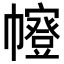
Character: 𭘻